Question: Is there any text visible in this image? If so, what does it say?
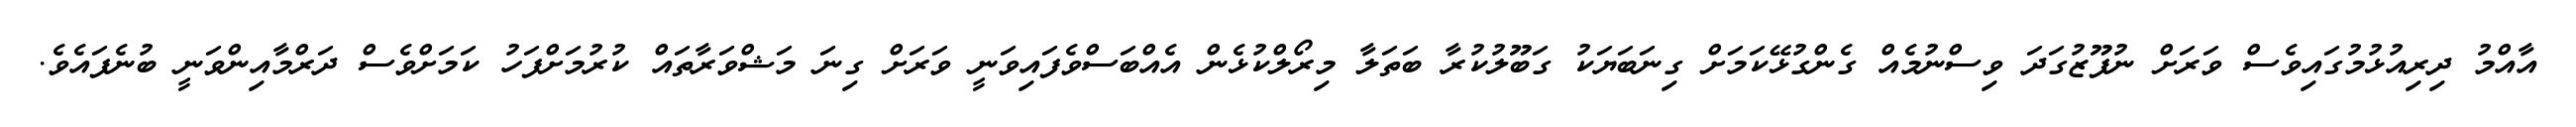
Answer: އާއްމު ދިރިއުޅުމުގައިވެސް ވަރަށް ނުފޫޒުގަދަ ވިސްނުމެއް ގެންގުޅޭކަމަށް ގިނަބަޔަކު ގަބޫލުކުރާ ބަތަލާ މިރޯލްކުޅެން އެއްބަސްވެފައިވަނީ ވަރަށް ގިނަ މަޝްވަރާތައް ކުރުމަށްފަހު ކަމަށްވެސް ދަރްމާއިންވަނީ ބުނެފައެވެ.